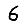
Digit: 6